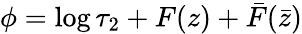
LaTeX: \phi=\log\tau_{2}+F(z)+\bar{F}(\bar{z})